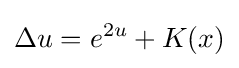
\Delta u=e^{2u}+K(x)